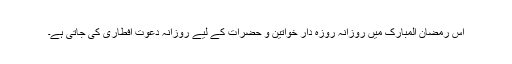
اس رمضان المبارک میں روزانہ روزہ دار خواتین و حضرات کے لیے روزانہ دعوتِ افطاری کی جاتی ہے۔